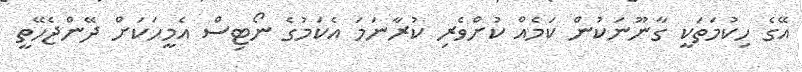
އޭގެ ހިކުމަތަކީ ގާނޫނަކުން ކަމެއް ކުށްވެރި ކުރާނަމަ އެކަމުގެ ނޯޓިސް އެމީހަކަށް ދޭންޖެހޭތީ